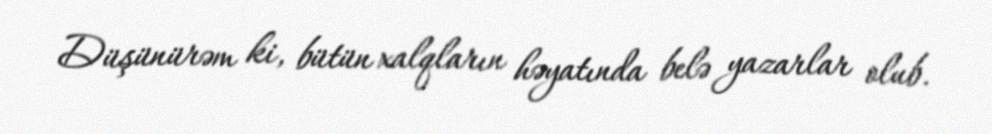
Düşünürəm ki, bütün xalqların həyatında belə yazarlar olub.